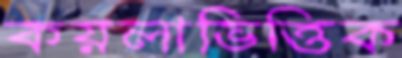
কয়লাভিত্তিক